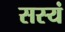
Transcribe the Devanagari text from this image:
सस्यं